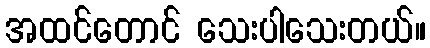
အထင်တောင် သေးပါသေးတယ်။